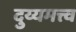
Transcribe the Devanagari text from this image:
दुय्यमत्त्व